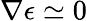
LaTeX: \nabla\epsilon\simeq 0